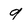
Character: 9